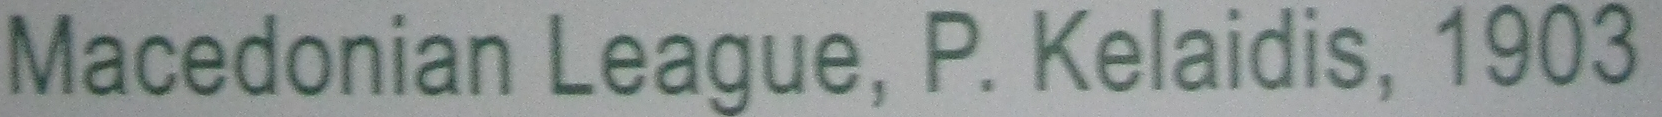
Macedonian League, P. Kelaidis, 1903